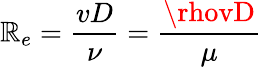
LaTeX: \mathbb{R}_{e}={\frac{{vD}}{{\nu}}}={\frac{{\rhovD}}{{\mu}}}